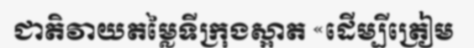
ជាតិវាយតម្លៃទីក្រុងស្អាត «ដើម្បីត្រៀម